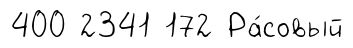
400 2341 172 Ра́совый